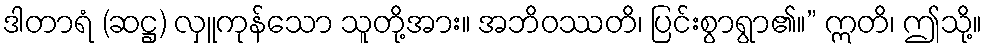
ဒါတာရံ (ဆဋ္ဌ) လှူကုန်သော သူတို့အား။ အဘိဝဿတိ၊ ပြင်းစွာရွာ၏။” ဣတိ၊ ဤသို့။